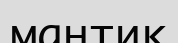
мантиқ